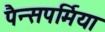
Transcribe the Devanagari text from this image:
पैन्सपर्मिया